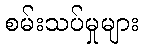
စမ်းသပ်မှုများ